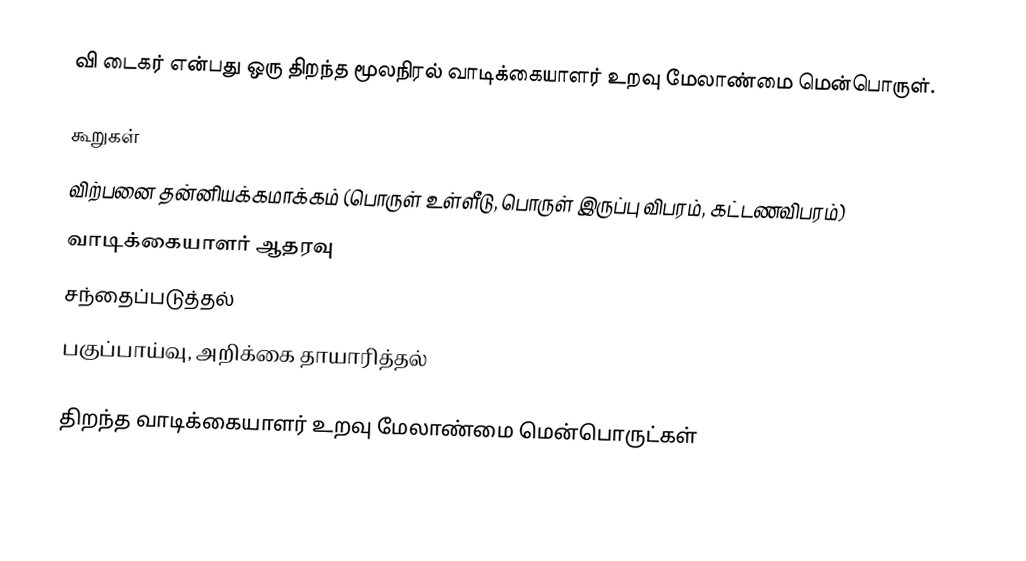
வி டைகர் என்பது ஒரு திறந்த மூலநிரல் வாடிக்கையாளர் உறவு மேலாண்மை மென்பொருள்.

கூறுகள்
 விற்பனை தன்னியக்கமாக்கம் (பொருள் உள்ளீடு, பொருள் இருப்பு விபரம், கட்டணவிபரம்)
 வாடிக்கையாளர் ஆதரவு
 சந்தைப்படுத்தல்
 பகுப்பாய்வு, அறிக்கை தாயாரித்தல்

திறந்த வாடிக்கையாளர் உறவு மேலாண்மை மென்பொருட்கள்